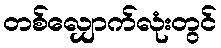
တစ်လျှောက်လုံးတွင်